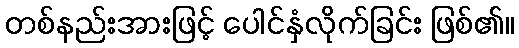
တစ်နည်းအားဖြင့် ပေါင်နှံလိုက်ခြင်း ဖြစ်၏။